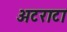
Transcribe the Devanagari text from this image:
अटराटा